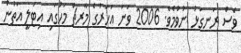
ވެސް ރަނގަޅު ނުވުމެވެ. 2006 ވަނަ އަހަރުގެ މާރޗް މަހުގައި އިޓަލީ އަތުން